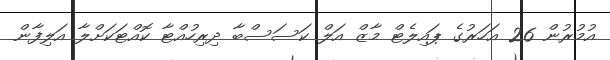
އުމުރުން 26 އަހަރުގެ ޕައިލެޓް މާޒް އަލް ކަސަސްބާ ދިރިހުއްޓާ ކޮއްޓަކަށްލާ އަލިފާން